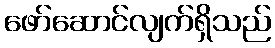
ဖော်ဆောင်လျက်ရှိသည်